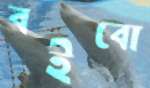
বইবো